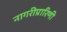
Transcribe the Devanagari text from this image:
नागरीप्रारिणी